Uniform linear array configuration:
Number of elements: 8
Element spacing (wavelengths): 0.5
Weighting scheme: binomial
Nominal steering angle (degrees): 30
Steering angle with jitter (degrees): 31.811
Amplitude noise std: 0.05
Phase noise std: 0.05

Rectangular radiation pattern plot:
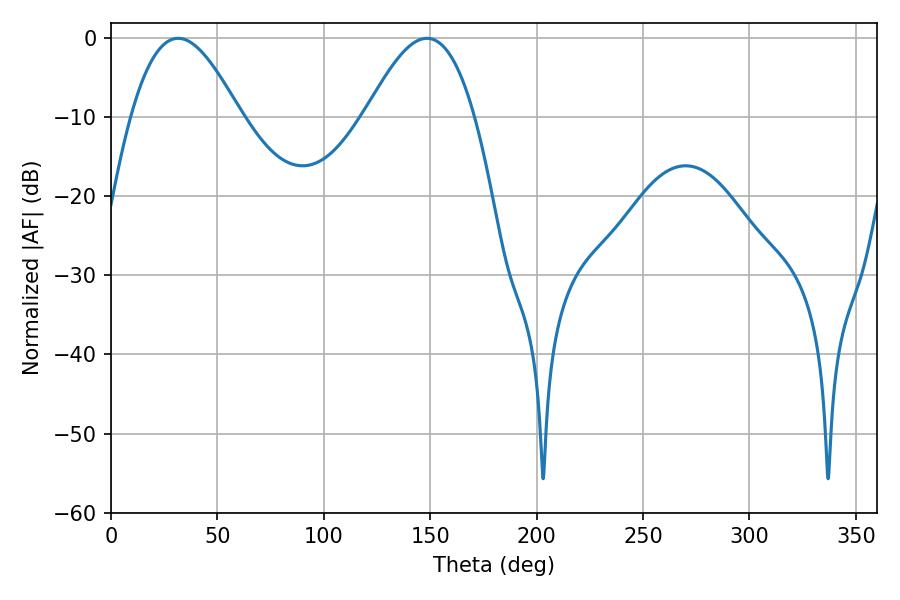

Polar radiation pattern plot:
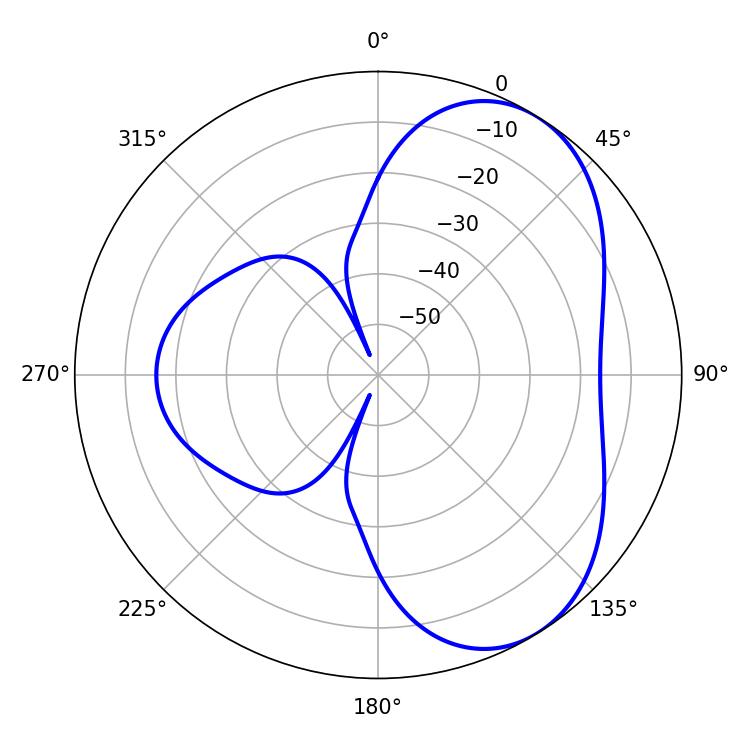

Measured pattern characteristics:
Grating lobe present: FALSE
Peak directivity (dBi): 5.357
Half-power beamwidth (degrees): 27.72
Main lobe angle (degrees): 31.5